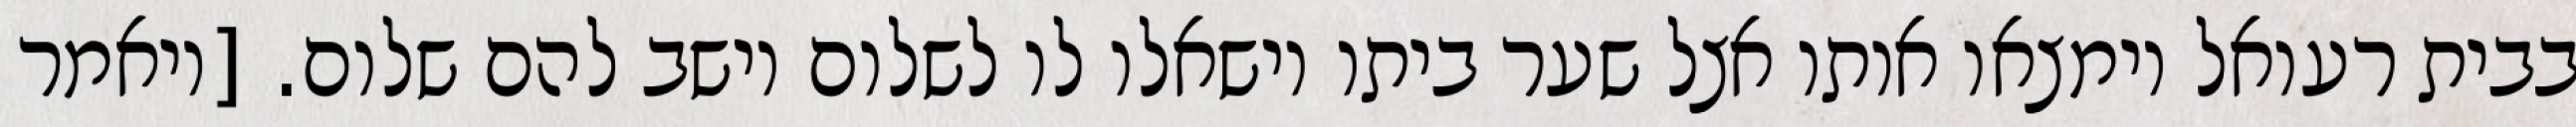
בבית רעואל וימצאו אותו אצל שער ביתו וישאלו לו לשלום וישב להם שלום. [ויאמר